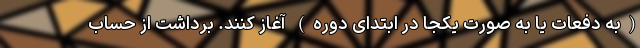
(به دفعات یا به صورت یکجا در ابتدای دوره) آغاز کنند. برداشت از حساب